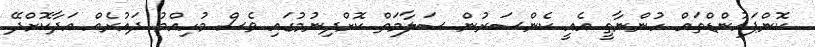
ކޮންޕައުންޑްތައް ހުންނާތީ އެއީ ކެންސަރުން ސަލާމަތް ކޮށްދިނުމުގައި ވެސް މުހިއްމު ދައުރެއް އަދާކޮށްދޭ